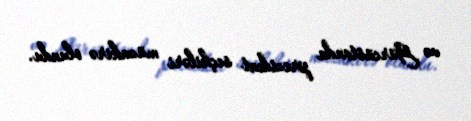
və Gürcüstanda prezident seçkiləri müzakirə olundu.